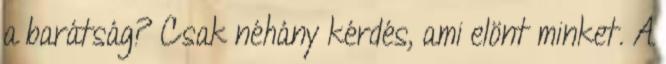
a barátság? Csak néhány kérdés, ami elönt minket. A